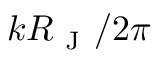
k R _ { \mathrm { ~ J ~ } } / 2 \pi